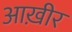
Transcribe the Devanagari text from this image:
आख़ीर